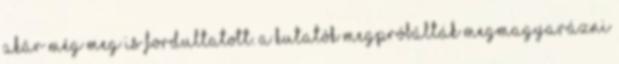
akár még meg is fordultatott. A kutatók megpróbálták megmagyarázni